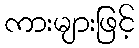
ကားများဖြင့်